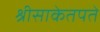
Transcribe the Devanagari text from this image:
श्रीसाकेतपते